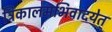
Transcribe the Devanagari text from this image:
त्रिकालमभिवादयेत्